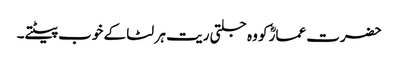
حضرت عمارؓ کو وہ جلتی ریت ہر لٹا کے خوب پیٹتے۔